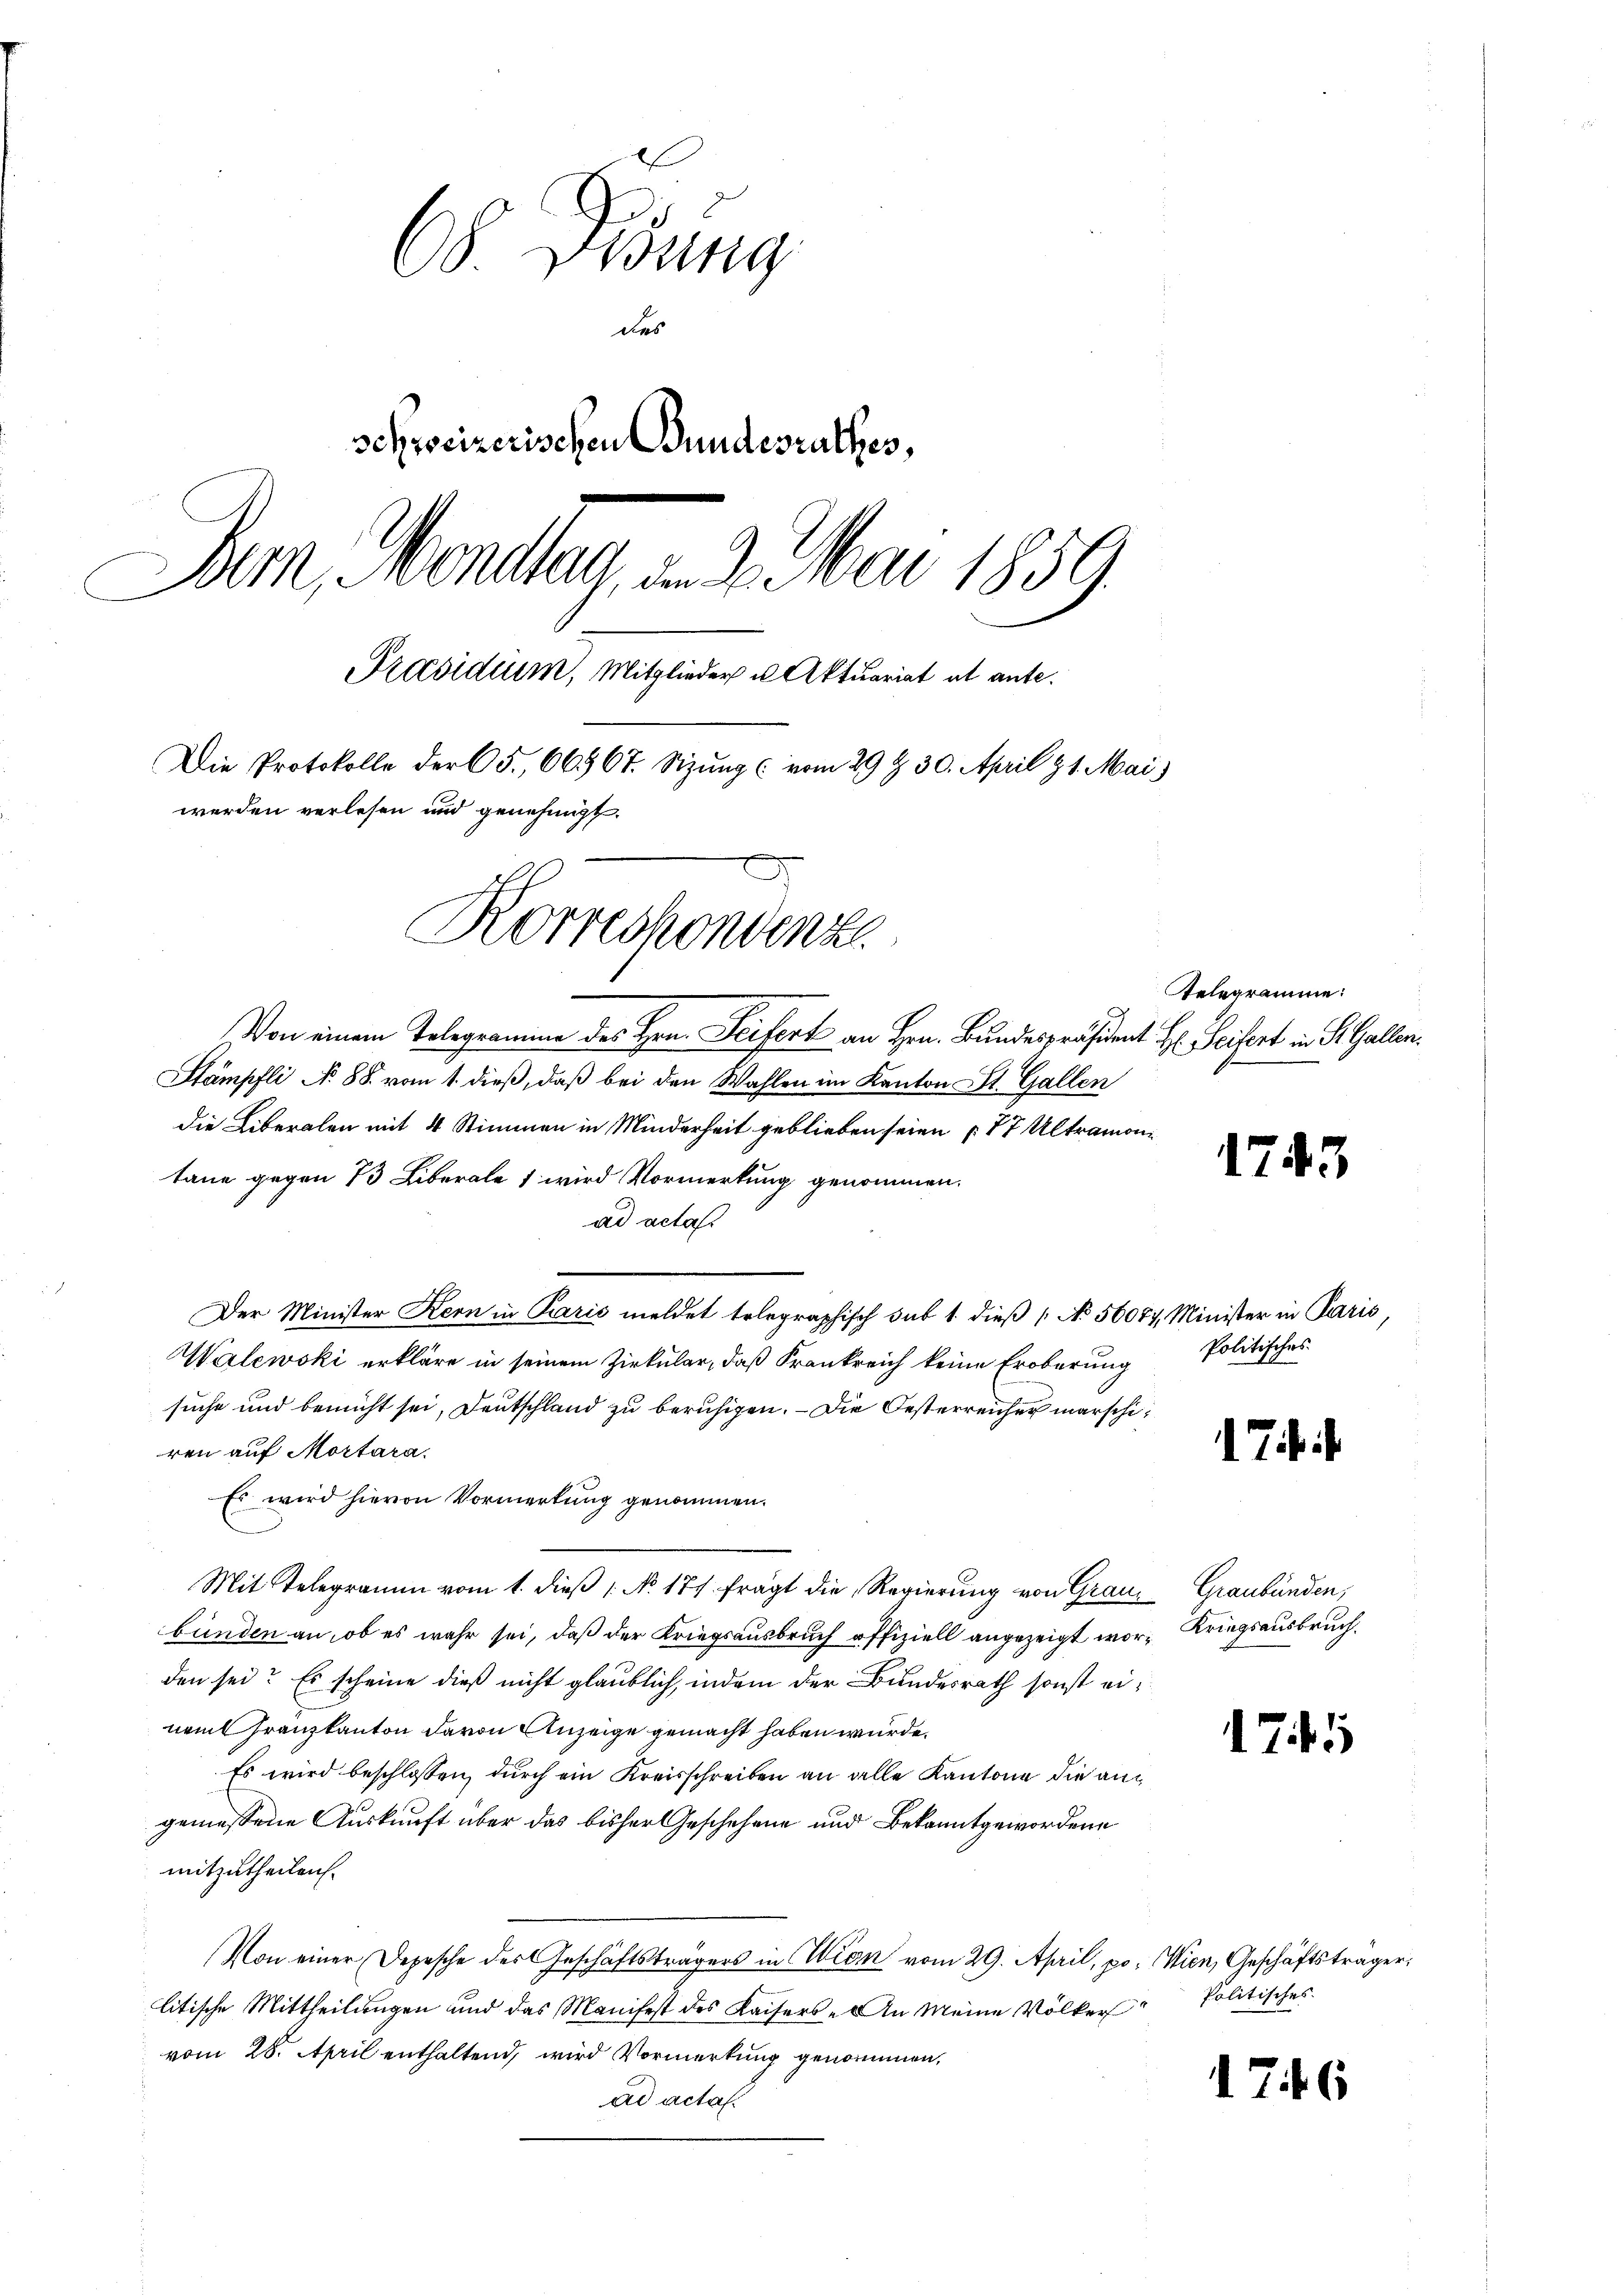
68 Didung
des
schweizerischen Bundesrathes,
Dam Handtag, d. J. Mai 1859
Präsidium, Mitglieder u. Aktuariat ab ante.
Die Protokolle der 65., 66967. Sizung (vom 29 t 30. April z 1. Mai)
werden verlesen und genehmigt.
Korrechendenze

Von einem Telegramme des Hrn. Seifert an Hrn. Bundespräsident H. Seifert in St. Gallen.
Stampfli No 88. vom 1. dieß, daß bei den Wahlen im Kanton St. Gallen
die Liberalen mit 4 Stimmen in Minderheit geblieben seien (77 Ultramoni
tane gegen 73 Liberale 1 wird Vormerkung genommen.
ad acta.
Der Minister Kern in Paris meldet telegraphisch sub 1. dieß [No 56084, Minister in Paris,
Walewski erkläre in seinem Zirkular, daß Frankreich keine Eroberung
suche und bemüht sei, Deutschland zu beruhigen. – Die Oesterreicher marschiren auf Mortara.
Es wird hievon Vormerkung genommen.
Mit Telegramm vom 1. dieß 1 No 177 fragt die Regierung von Grauz Graubünden,
bünden an, ob es wahr sei, daß der Kriegsausbruch offiziell angezeigt wor-Kriegsausbruch
den sei? Es scheine dieß nicht glaublich, indem der Bundesrath sonst einamt Franzkanton davon Anzeige gemacht haben wurde.
Es wird beschlossen, durch ein Kreisschreiben an alle Kantone die angemessene Auskunft über das bisher Geschehene und Bekanntgewordene
mitzutheilen.
Von einer Depesche des Geschäftsträgers in Wien vom 29. April, po. Wien, Geschäftsträger,
litische Mittheilungen und das Manifest des Kaisers. An Meine Völker Politisches
vom 28. April enthaltend, wird Vormerkung genommen,
ad actal.

Telegramme:

1743

Politisches

Thi

171

1746